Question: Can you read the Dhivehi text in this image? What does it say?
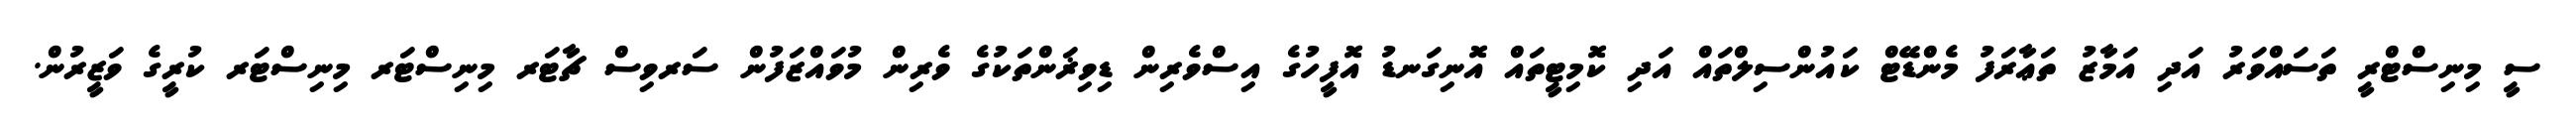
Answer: ސީ މިނިސްޓްރީ ތަސައްވަރު އަދި އަމާޒު ތަޢާރަފު މެންޑޭޓް ކައުންސިލްތައް އަދި ކޮމިޓީތައް އޮނިގަނޑު އޮފީހުގެ އިސްވެރިން ޑިވިޜަންތަކުގެ ވެރިން މުވައްޒަފުން ސަރވިސް ޗާޓަރ މިނިސްޓަރ މިނިސްޓަރ ކުރީގެ ވަޒީރުން.